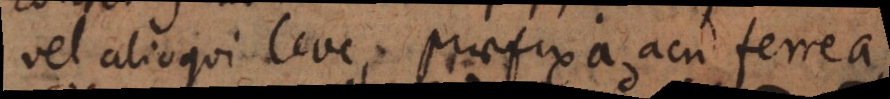
vel alioqui leve, praefixa acu ferrea,